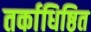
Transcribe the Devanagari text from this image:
तर्काधिष्ठित